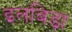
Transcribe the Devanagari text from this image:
इलबिड़ा